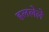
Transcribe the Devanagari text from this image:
हललेले